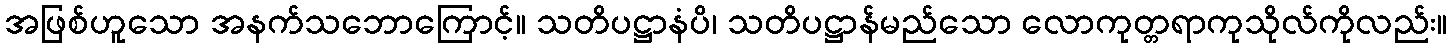
အဖြစ်ဟူသော အနက်သဘောကြောင့်။ သတိပဋ္ဌာနံပိ၊ သတိပဋ္ဌာန်မည်သော လောကုတ္တရာကုသိုလ်ကိုလည်း။